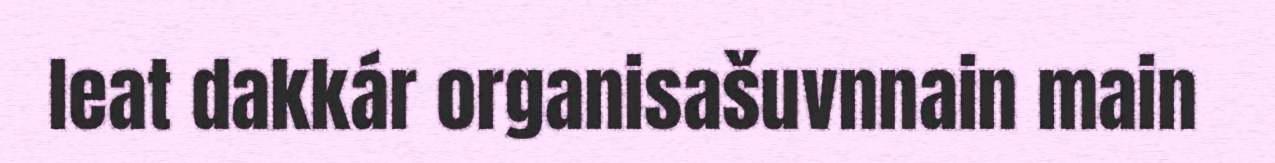
leat dakkár organisašuvnnain main